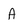
Character: A